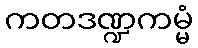
ကတဒဏ္ဍကမ္မံ